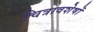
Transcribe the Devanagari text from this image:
चित्रावशेषों